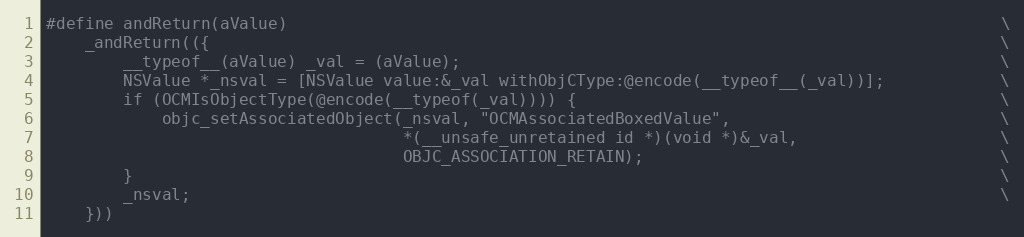
Language: C
#define andReturn(aValue)                                                                          \
    _andReturn(({                                                                                  \
        __typeof__(aValue) _val = (aValue);                                                        \
        NSValue *_nsval = [NSValue value:&_val withObjCType:@encode(__typeof__(_val))];            \
        if (OCMIsObjectType(@encode(__typeof(_val)))) {                                            \
            objc_setAssociatedObject(_nsval, "OCMAssociatedBoxedValue",                            \
                                     *(__unsafe_unretained id *)(void *)&_val,                     \
                                     OBJC_ASSOCIATION_RETAIN);                                     \
        }                                                                                          \
        _nsval;                                                                                    \
    }))